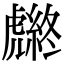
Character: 𧈆